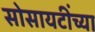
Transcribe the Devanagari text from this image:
सोसायटींच्या